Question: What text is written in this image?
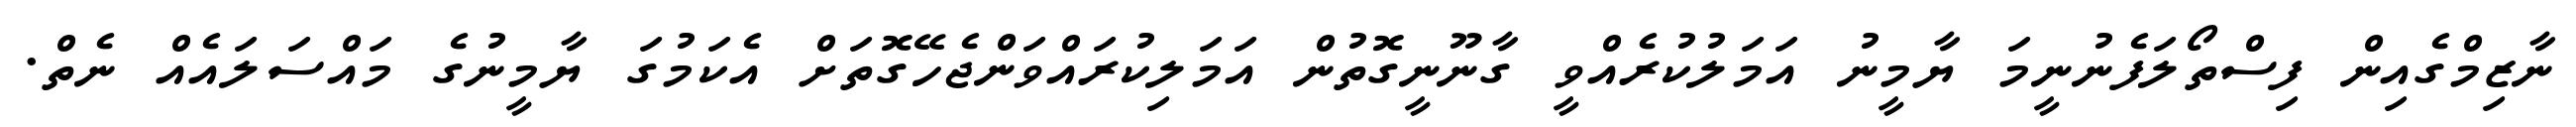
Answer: ނާޒިމްގެއިން ފިސްތޯލަފެނުނީމަ ޔާމީނު އަމަލުކުރެއްވީ ގާނޫނީގޮތުން އަމަލިކުރައްވަންޖެހޭގޮތަށް އެކަމުގަ ޔާމީނުގެ މައްސަލައެއް ނެތް.